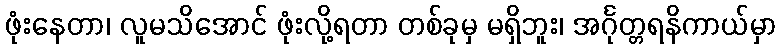
ဖုံးနေတာ၊ လူမသိအောင် ဖုံးလို့ရတာ တစ်ခုမှ မရှိဘူး၊ အင်္ဂုတ္တရနိကာယ်မှာ